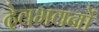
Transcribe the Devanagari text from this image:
देवभवनों